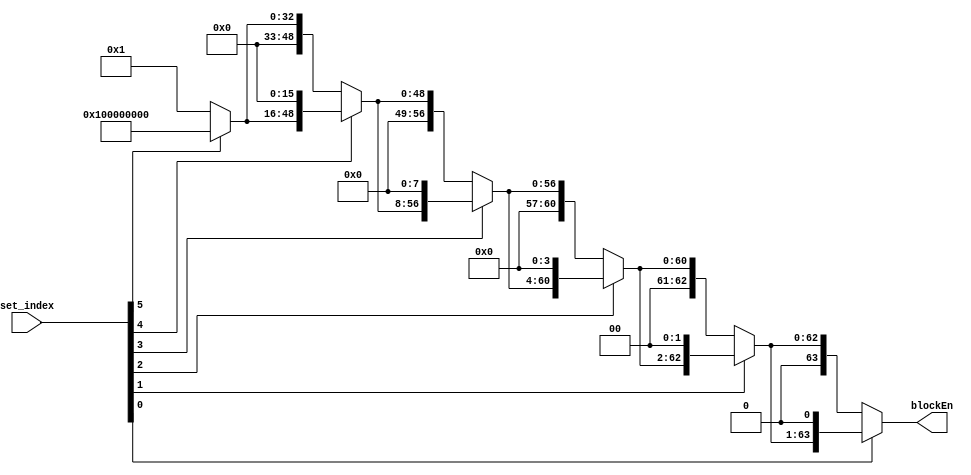
module blockEnable(input[5:0] set_index, output[63:0] blockEn);

    wire [63:0] shift_32, shift_16, shift_8, shift_4, shift_2;
    assign shift_32 = (set_index[5]) ? {{63{1'b0}}, 1'b1} << 32 : {{63{1'b0}}, 1'b1};
    assign shift_16 = (set_index[4]) ? shift_32 << 16 : shift_32;
    assign shift_8 = (set_index[3]) ? shift_16 << 8 : shift_16;
    assign shift_4 = (set_index[2]) ? shift_8 << 4 : shift_8;
    assign shift_2 = (set_index[1]) ? shift_4 << 2 : shift_4;
    assign blockEn = (set_index[0]) ? shift_2 << 1: shift_2;

endmodule